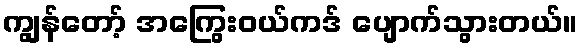
ကျွန်တော့် အကြွေးဝယ်ကဒ် ပျောက်သွားတယ်။